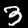
Digit: 3